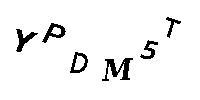
YPDM5T